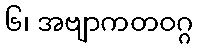
၆၊ အဗျာကတဝဂ္ဂ